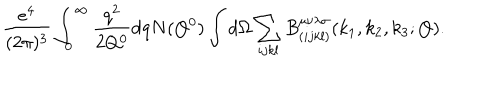
\frac { { e ^ { 4 } } } { ( 2 \pi ) ^ { 3 } } \int _ { 0 } ^ { \infty } \frac { { q } ^ { 2 } } { { 2 Q ^ { 0 } } } \mathrm { d } q N ( { Q ^ { 0 } } ) \int d \Omega \sum _ { i j k l } { B } _ { ( i j k l ) } ^ { \mu \nu \lambda \sigma } ( { k _ { 1 } , k _ { 2 } , k _ { 3 } } ; Q ) .